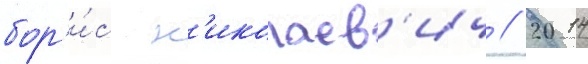
бор'и́с н'иколаев'ич // 2014